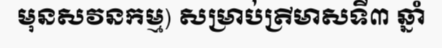
មុនសវនកម្ម) សម្រាប់ត្រីមាសទី៣ ឆ្នាំ